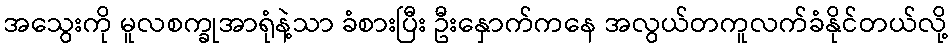
အသွေးကို မူလစက္ခုအာရုံနဲ့သာ ခံစားပြီး ဦးနှောက်ကနေ အလွယ်တကူလက်ခံနိုင်တယ်လို့